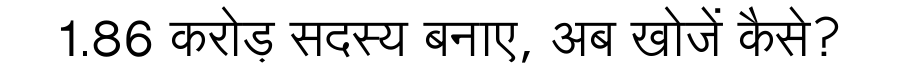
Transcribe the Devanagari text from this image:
1.86 करोड़ सदस्य बनाए, अब खोजें कैसे?